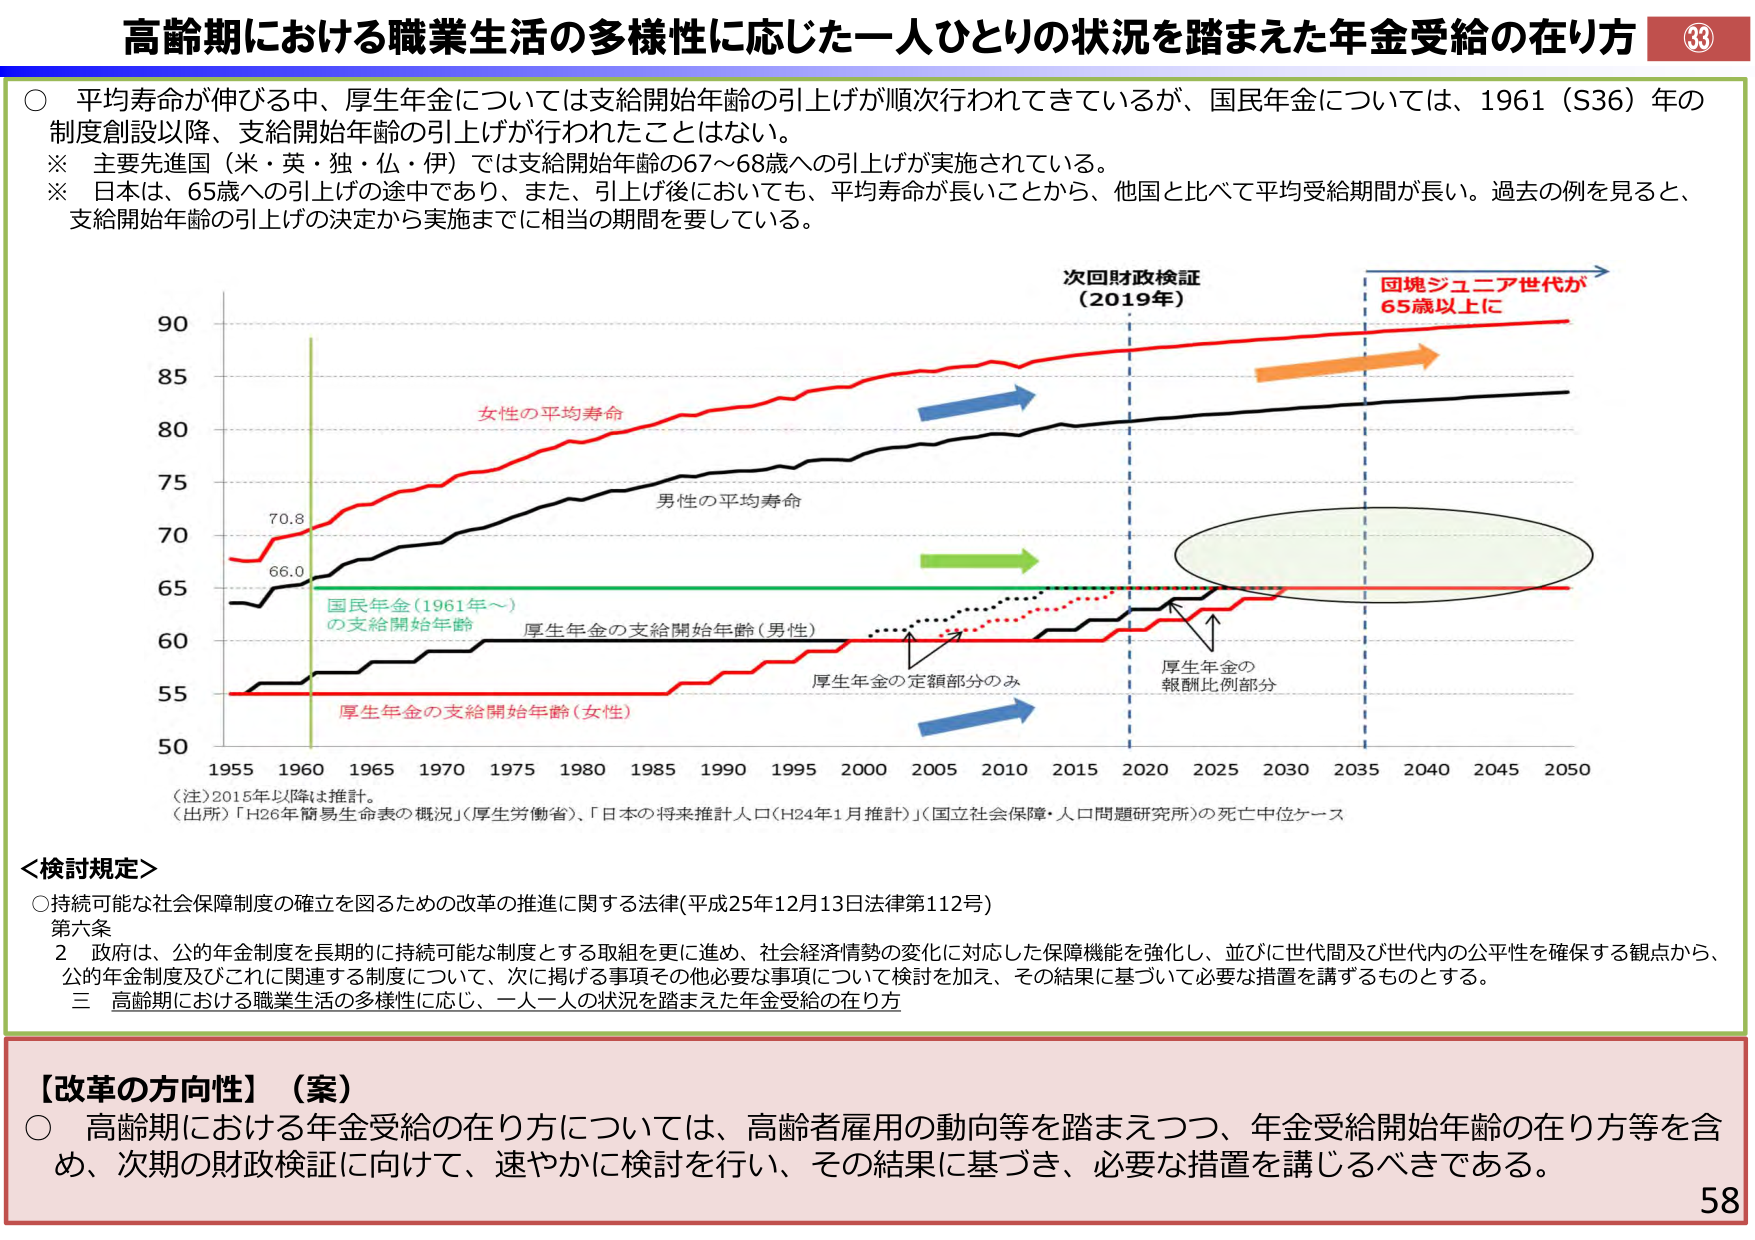
高齢期における職業生活の多様性に応じた一人ひとりの状況を踏まえた年金受給の在り方

○ 平均寿命が伸びる中、厚生年金については支給開始年齢の引上げが順次行われてきているが、国民年金については、1961（S36）年の制度創設以降、支給開始年齢の引上げが行われたことはない。
※ 主要先進国（米・英・独・仏・伊）では支給開始年齢の67～68歳への引上げが実施されている。
※ 日本は、65歳への引上げの途中であり、また、引上げ後においても、平均寿命が長いことから、他国と比べて平均受給期間が長い。過去の例を見ると、支給開始年齢の引上げの決定から実施までに相当の期間を要している。

次回財政検証
（2019年）

回塊ジュニア世代が
65歳以上に

90
85
80
75
70
65
60
55
50

女性の平均寿命
男性の平均寿命

70.8
66.0

国民年金（1961年～）
の支給開始年齢
厚生年金の支給開始年齢（男性）
厚生年金の定額部分のみ
厚生年金の報酬比例部分
厚生年金の支給開始年齢（女性）

1955 1960 1965 1970 1975 1980 1985 1990 1995 2000 2005 2010 2015 2020 2025 2030 2035 2040 2045 2050

（注）2015年以降は推計。
（出所）「H26年簡易生命表の概況」（厚生労働省）、「日本の将来推計人口（H24年1月推計）」（国立社会保障・人口問題研究所）の死亡中位ケース

＜検討規定＞
○ 持続可能な社会保障制度の確立を図るための改革の推進に関する法律（平成25年12月13日法律第112号）
第六条
　２ 政府は、公的年金制度を長期的に持続可能な制度とする取組を更に進め、社会経済情勢の変化に対応した保障機能を強化し、並びに世代間及び世代内の公平性を確保する観点から、公的年金制度及びこれに関連する制度について、次に掲げる事項その他必要な事項について検討を加え、その結果に基づいて必要な措置を講ずるものとする。
　　三 高齢期における職業生活の多様性に応じ、一人一人の状況を踏まえた年金受給の在り方

【改革の方向性】（案）
○ 高齢期における年金受給の在り方については、高齢者雇用の動向等を踏まえつつ、年金受給開始年齢の在り方等を含め、次期の財政検証に向けて、速やかに検討を行い、その結果に基づき、必要な措置を講じるべきである。

33
58